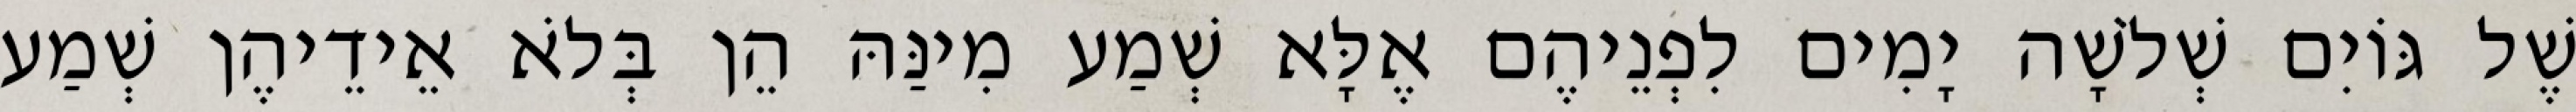
שֶׁל גּוֹיִם שְׁלֹשָׁה יָמִים לִפְנֵיהֶם אֶלָּא שְׁמַע מִינַּהּ הֵן בְּלֹא אֵידֵיהֶן שְׁמַע